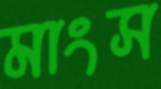
মাংস